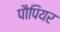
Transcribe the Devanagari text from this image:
पौपियर